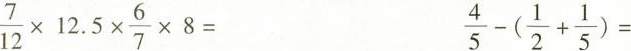
\frac{7}{12}\times 12.5 \times \frac{6}{7}\times 8= \frac{4}{5}-(\frac{1}{2}+ \frac{1}{5})=